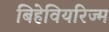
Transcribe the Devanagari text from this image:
बिहेवियरिज्म